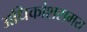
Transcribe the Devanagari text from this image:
अधिकांशसमय